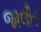
જાલૌર